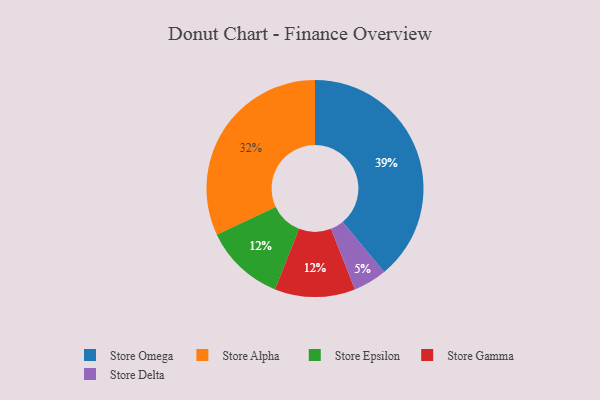
{"axis": {"x": "Category", "y": "Percentage"}, "legend": ["Store Alpha", "Store Delta", "Store Epsilon", "Store Gamma", "Store Omega"], "data": [{"x": "Store Delta", "y": 5, "type": "Store Delta"}, {"x": "Store Alpha", "y": 32, "type": "Store Alpha"}, {"x": "Store Epsilon", "y": 12, "type": "Store Epsilon"}, {"x": "Store Gamma", "y": 12, "type": "Store Gamma"}, {"x": "Store Omega", "y": 39, "type": "Store Omega"}]}